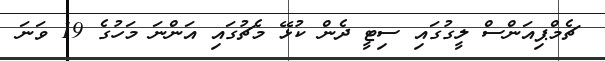
ޗެމްޕިއަންސް ލީގުގައި ސިޓީ ދެން ކުޅޭ މެޗުގައި އަންނަ މަހުގެ 19 ވަނަ